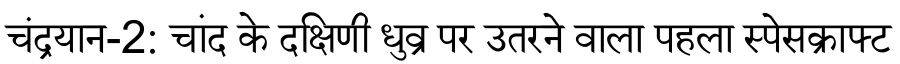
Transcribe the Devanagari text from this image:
चंद्रयान-2: चांद के दक्षिणी धुव्र पर उतरने वाला पहला स्पेसक्राफ्ट